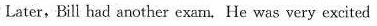
Later,Bill had another exan. He was very excited